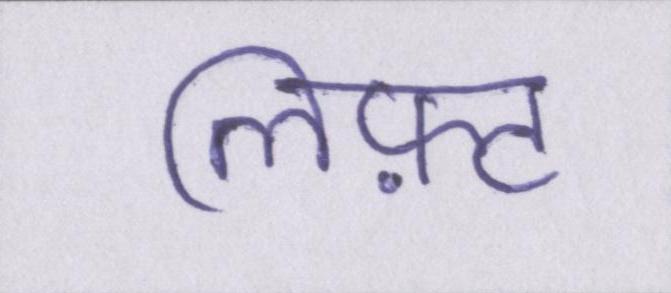
लिफ़्ट